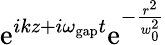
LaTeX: \mathrm{e}^{ikz+i\omega_{\mathrm{gap}}t}\mathrm{e}^{-\frac{r^{2}}{w_{0}^{2}}}